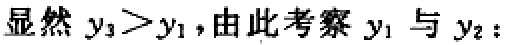
显然 \(y_{3}>y_{1}\)，由此考察 \(y_{1}\) 与 \(y_{2}\)：